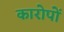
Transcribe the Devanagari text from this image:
कारोपों